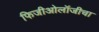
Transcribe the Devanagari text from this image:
फिजीओलॉजीचा